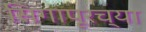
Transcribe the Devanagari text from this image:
सिगापूरच्या